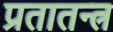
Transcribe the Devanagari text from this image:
प्रतातन्त्र